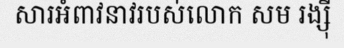
សារអំពាវនាវរបស់លោក សម រង្ស៊ី